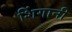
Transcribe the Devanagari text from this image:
शिंगानी